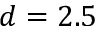
d = 2 . 5